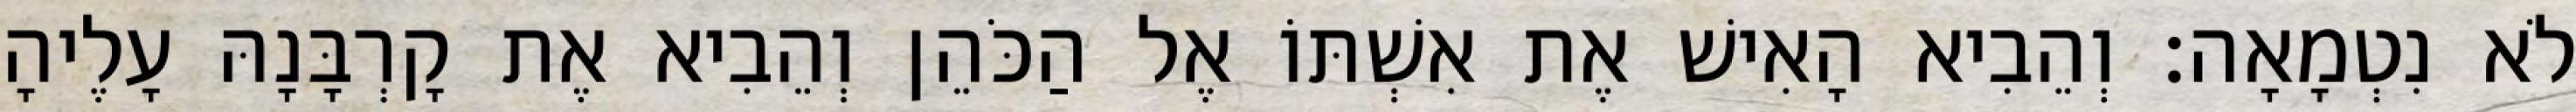
לֹא נִטְמָאָה׃ וְהֵבִיא הָאִישׁ אֶת אִשְׁתּוֹ אֶל הַכֹּהֵן וְהֵבִיא אֶת קָרְבָּנָהּ עָלֶיהָ